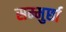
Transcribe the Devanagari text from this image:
सम्मुर्छा